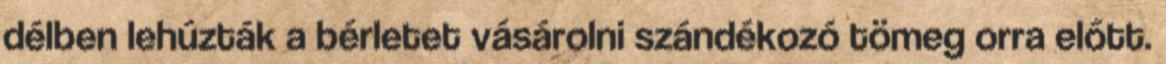
délben lehúzták a bérletet vásárolni szándékozó tömeg orra előtt.